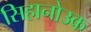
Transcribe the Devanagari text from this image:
सिहानोउक